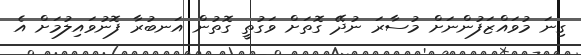
ގިނަ މުވައްޒަފުންނަށް މުސާރަ ނުދޭ ގޮތަށް ވަގުތީ ގޮތުން އަނބުރާ ފޮނުވައިލުމަށް އެ